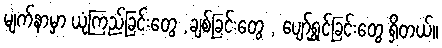
မျက်နာမှာ ယုံကြည်ခြင်းတွေ ,ချစ်ခြင်းတွေ , ပျော်ရွှင်ခြင်းတွေ ရှိတယ်။